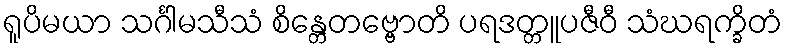
ရူပိမယာ သင်္ဂါမသီသံ စိန္တေတဗ္ဗောတိ ပရဒတ္တူပဇီဝီ သံဃရက္ခိတံ